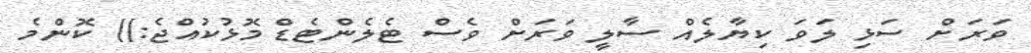
ވަރަށް ސަޅި ލަވަ ކިޔާލެއް ސާލީ ވަރަށް ވެސް ޓެލެންޓެޑް މޮޅުކުއްޖެ:)) ކޮންމެ